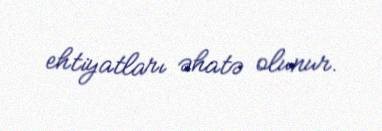
ehtiyatları əhatə olunur.